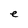
Character: e